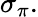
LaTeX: \sigma_{\pi}\, \! .